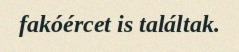
fakóércet is találtak.